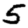
Digit: 5